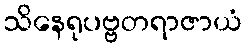
သိနေရုပဗ္ဗတရာဇာယံ